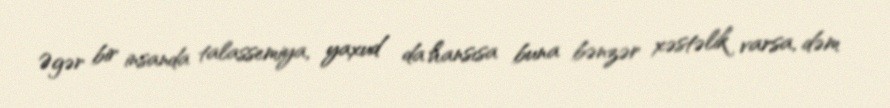
Əgər bir insanda talassemiya, yaxud da hansısa buna bənzər xəstəlik varsa, dəm